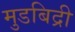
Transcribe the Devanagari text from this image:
मुडबिद्री